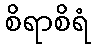
စိရာစိရံ